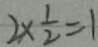
2 \times \frac { 1 } { 2 } = 1